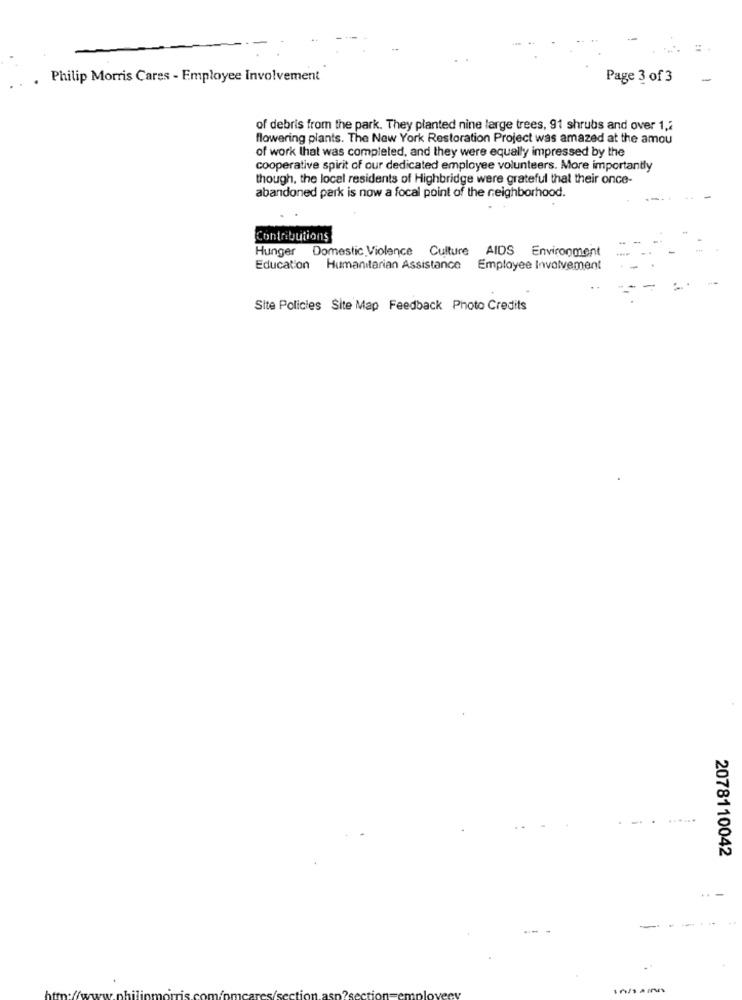
Philip Morris Cares - Employee Involvement
Page 3 of 3
of debris from the park. They planted nine large trees, 91 shrubs and over 1,2
flowering plants. The New York Restoration Project was amazed at the amou
of work that was completed, and they were equally impressed by the
cooperative spirit of our dedicated employee volunteers. More importantly
though, the local residents of Highbridge were grateful that their once-
abandoned park is now a focal point of the neighborhood.
Contributions
Hunger Domestic Violence Culture AIDS Environment
Education Humanitarian Assistance Employee Involvement
Site Policies Site Map Feedback Photo Credits
-
2078110042